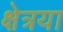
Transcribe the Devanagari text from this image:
क्षेत्रया